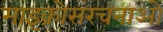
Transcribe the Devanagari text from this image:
माइक्रोसंरचनाओं